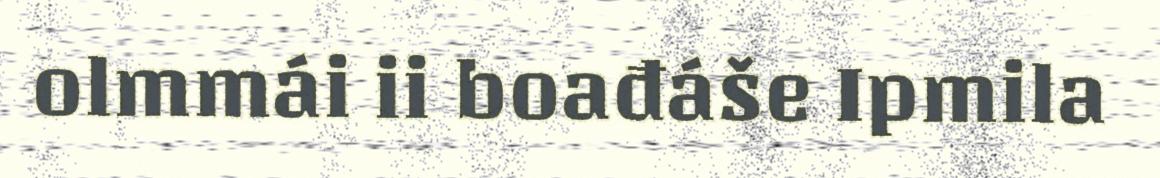
olmmái ii boađáše Ipmila